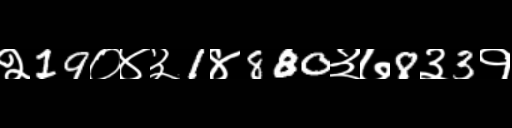
Text: २19०४३1४880३७8३3१